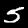
Label: 5